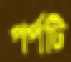
পর্পটি